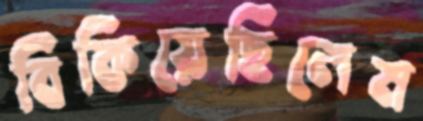
বিকিয়েছিলেম